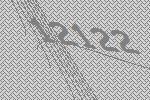
12122